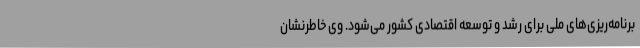
برنامه‌ریزی‌های ملی برای رشد و توسعه اقتصادی کشور می‌شود. وی خاطرنشان